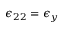
\epsilon _ { 2 2 } = \epsilon _ { y }